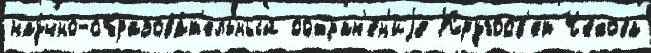
нау́чно-образова́т'ельный сохран'е́н'иjе Кругосв'ет Че́хова